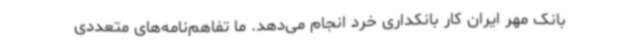
بانک مهر ایران کار بانکداری خرد انجام می‌دهد. ما تفاهم‌نامه‌های متعددی